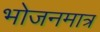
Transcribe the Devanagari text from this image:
भोजनमात्र